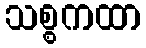
သစ္စကထာ